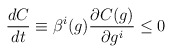
\begin{align*}\frac{d C}{d t}\equiv\beta^{i}(g) \frac{\partial C(g)}{\partial g^{i}} \leq 0\end{align*}